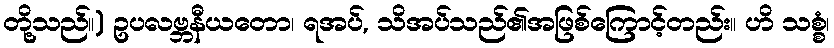
တို့သည်။) ဥပလဗ္ဘနီယတော၊ ရအပ်, သိအပ်သည်၏အဖြစ်ကြောင့်တည်း။ ဟိ သစ္စံ၊